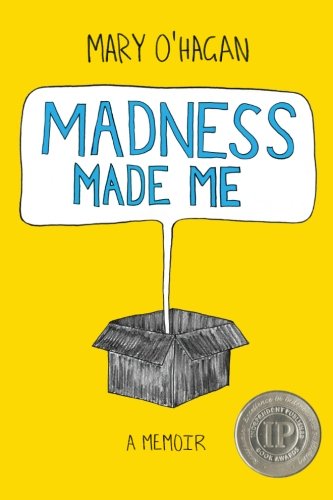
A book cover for Madness Made Me: A Memoir; Mary O'Hagan; Biographies & Memoirs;